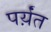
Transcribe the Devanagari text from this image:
पर्य़ंत